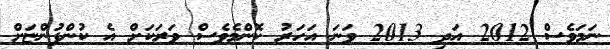
ނަމަވެސް 2012 އަދި 2013 ވަނަ އަހަރު ކޮންމެވެސް ވަރަކަށް އެ ކުންފުންޏަށް